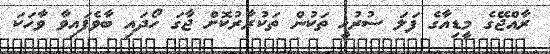
ރާއްޖޭގެ މީޑިއާގެ ފަލަ ސުރުޚީ ތަކުން ތަކުރާރުކޮށް ޖާގަ ހޯދައި ބާވެފައިވާ ވާހަކަ